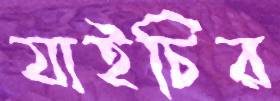
যাইচির